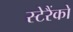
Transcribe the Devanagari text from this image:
स्टेरैंको